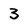
Character: 3